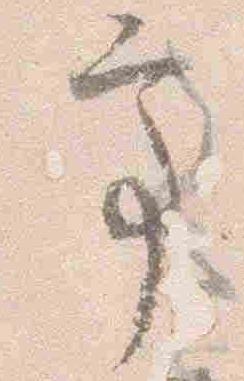
亭